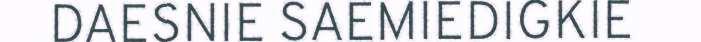
DAESNIE SAEMIEDIGKIE